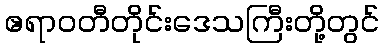
ဧရာဝတီတိုင်းဒေသကြီးတို့တွင်